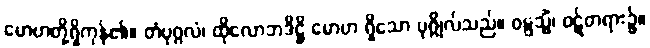
မောဟတို့ရှိကုန်၏။ တံပုဂ္ဂလံ၊ ထိုလောဘဒိဋ္ဌိ မောဟ ရှိသော ပုဂ္ဂိုလ်သည်။ ဝဋ္ဋသ္မိံ၊ ဝဋ်တရား၌။